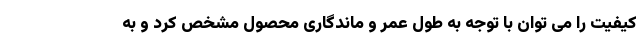
کیفیت را می توان با توجه به طول عمر و ماندگاری محصول مشخص کرد و به